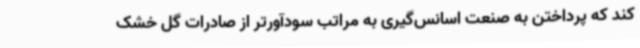
کند که پرداختن به صنعت اسانس‌گیری به مراتب سودآورتر از صادرات گل خشک